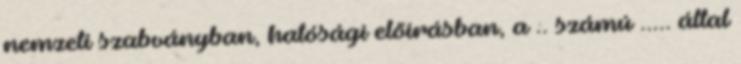
nemzeti szabványban, hatósági elõírásban, a .. számú ..... által